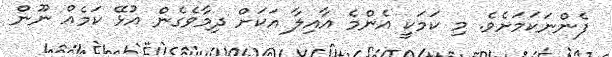
ފެންނަކަމަށެވެ. މި ކަމަކީ އެންމެ އާއިލާ އަކަށް ދިމާވެގެން އުޅޭ ކަމެއް ނޫން